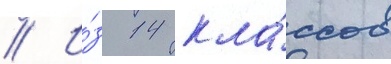
// И́з 14 кла́ссов